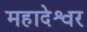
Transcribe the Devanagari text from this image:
महादेश्वर